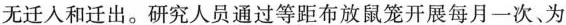
无迁入和迁出。研究人员通过等距布放鼠笼开展每月一次、为